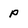
Character: p